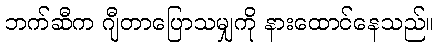
ဘက်ဆီက ဂျီတာပြောသမျှကို နားထောင်နေသည်။